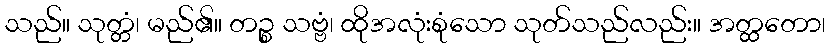
သည်။ သုတ္တံ၊ မည်၏။ တဉ္စ သဗ္ဗံ၊ ထိုအလုံးစုံသော သုတ်သည်လည်း။ အတ္ထတော၊